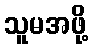
သူမအဖို့